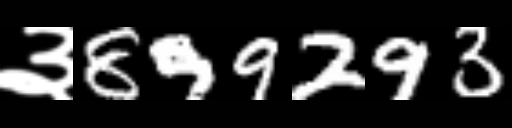
Text: ३899293